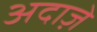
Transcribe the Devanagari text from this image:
अदाज़े